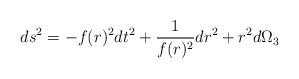
LaTeX: \begin{align*}ds^2 = - f(r)^2 dt^2 + {1\over f(r)^2} dr^2 + r^2 d\Omega_3\end{align*}